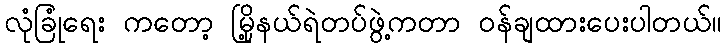
လုံခြုံရေး ကတော့ မြို့နယ်ရဲတပ်ဖွဲ့ကတာ ဝန်ချထားပေးပါတယ်။